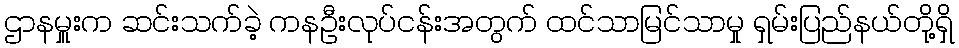
ဌာနမှူးက ဆင်းသက်ခဲ့ ကနဦးလုပ်ငန်းအတွက် ထင်သာမြင်သာမှု ရှမ်းပြည်နယ်တို့ရှိ